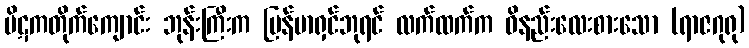
ပိဋကတိုက်ကျောင်း ဘုန်းကြီးက မြန်မာရှင်ဘုရင် လက်ထက်က ဝိနည်းလေးစားသော (ရာဇဂုရု)